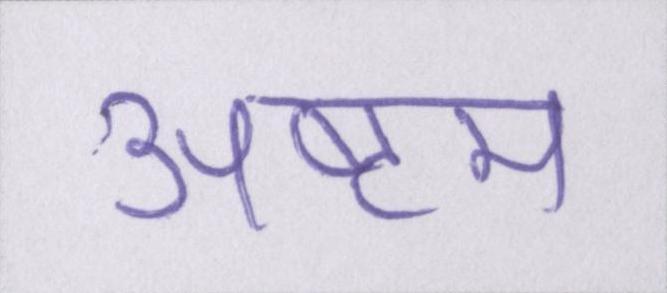
अष्टम